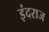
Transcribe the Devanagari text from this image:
इंदराज